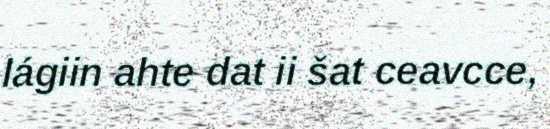
lágiin ahte dat ii šat ceavcce,